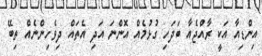
އިންޑިއާ އަކީ ރާއްޖެއާ ބަދަހި ގުޅުމެއް އޮންނަ އަދި އެތައް ދިވެހިންނެއް ތިބޭ